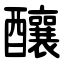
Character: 釀